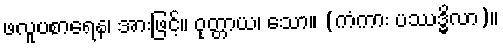
ဖလူပစာရေန၊ အားဖြင့်။ ဝုတ္တာယ၊ သော။ (ကံကား ပဿဒ္ဓိလာ)။